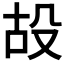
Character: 𣪇